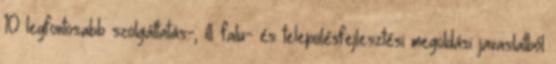
10 legfontosabb szolgáltatás-, ill. falu- és településfejlesztési megoldási javaslatból